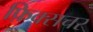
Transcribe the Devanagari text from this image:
फ़िक्सचर